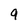
Character: 9